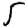
Digit: 5